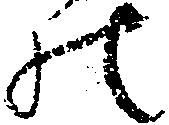
の